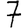
Digit: 7